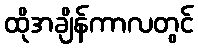
ထိုအချိန်ကာလတွင်